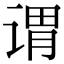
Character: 谓